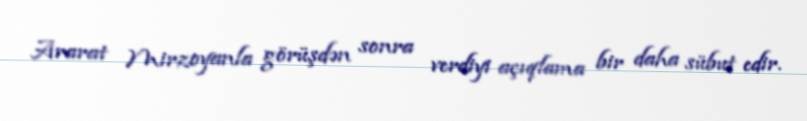
Ararat Mirzoyanla görüşdən sonra verdiyi açıqlama bir daha sübut edir.